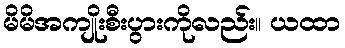
မိမိအကျိုးစီးပွားကိုလည်း။ ယထာ